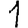
Digit: 1